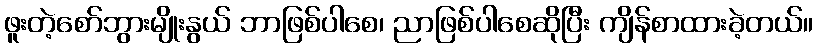
ဖူးတဲ့စော်ဘွားမျိုးနွယ် ဘာဖြစ်ပါစေ၊ ညာဖြစ်ပါစေဆိုပြီး ကျိန်စာထားခဲ့တယ်။